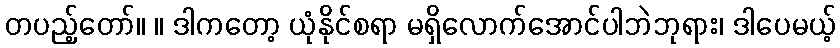
တပည့်တော်။ ။ ဒါကတော့ ယုံနိုင်စရာ မရှိလောက်အောင်ပါဘဲဘုရား၊ ဒါပေမယ့်